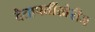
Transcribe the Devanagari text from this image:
दैतापतींखेरीज